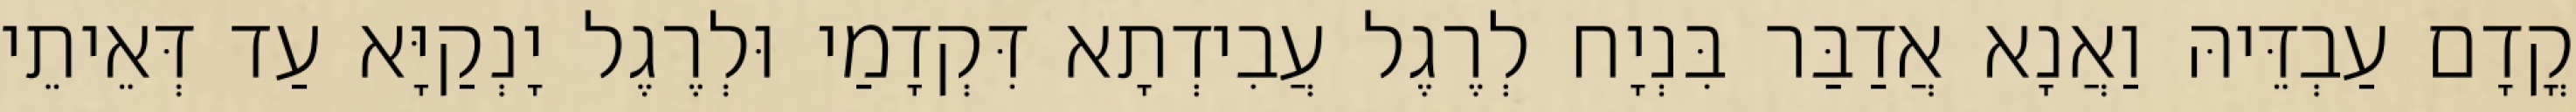
קֳדָם עַבְדֵּיהּ וַאֲנָא אֲדַבַּר בִּנְיָח לְרֶגֶל עֲבִידְתָא דִּקְדָמַי וּלְרֶגֶל יָנְקַיָּא עַד דְּאֵיתֵי